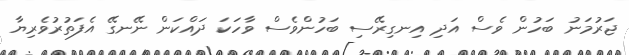
ޖަރުމަނު ބަހުން ވެސް އަދި އިނގިރޭސި ބަހުންވެސް ވާހަކަ ދައްކަން ނޭނގޭ އެފަތުރުވެރިޔާ